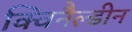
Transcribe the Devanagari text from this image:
क्विनैल्डीन